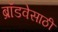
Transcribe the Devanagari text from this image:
ब्रॉडवेसाठी